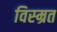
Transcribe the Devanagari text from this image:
विस्म्रत